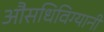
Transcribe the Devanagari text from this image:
औसधिविग्यानी